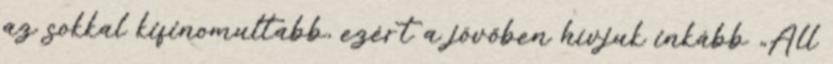
az sokkal kifinomultabb, ezért a jövőben hívjuk inkább „All